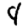
Digit: 4